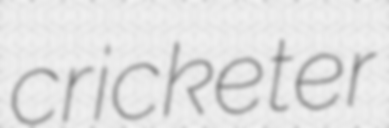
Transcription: cricketer